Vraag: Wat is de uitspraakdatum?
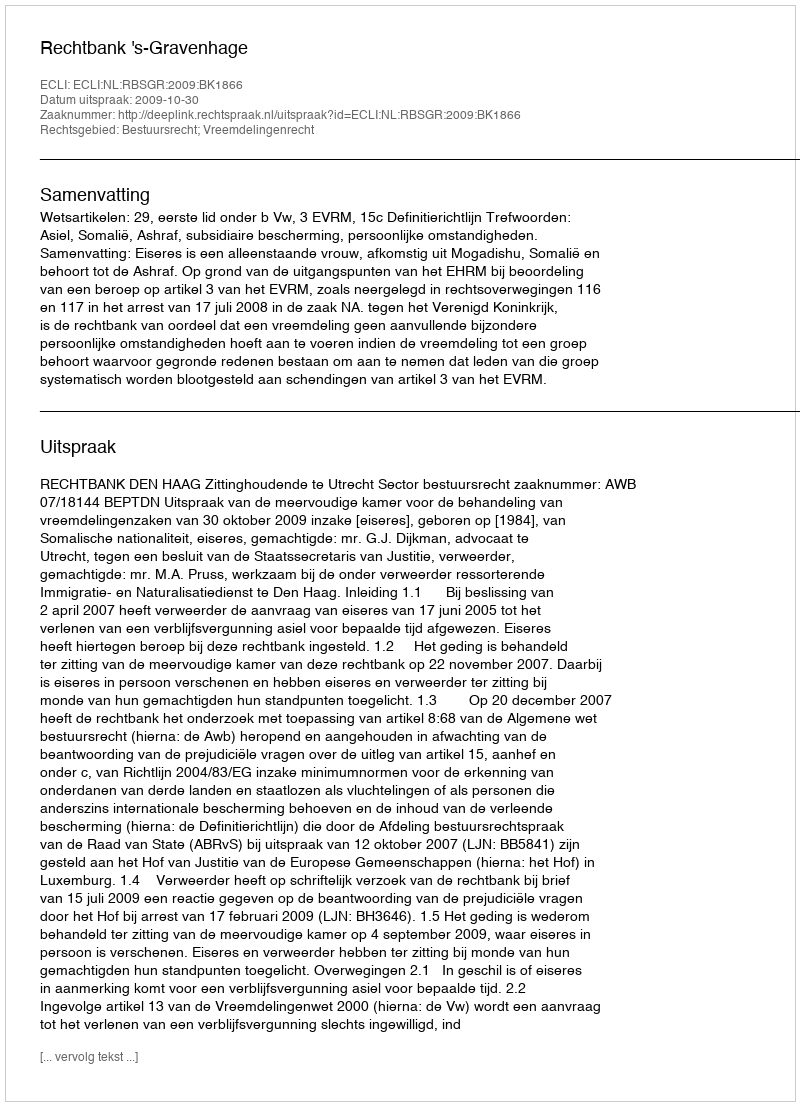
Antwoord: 2009-10-30